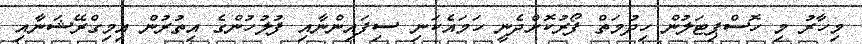
މިހާރު މި ހޮސްޕިޓަލުން ހިދުމަތް ފޯރުކޮށްދެނީ ހަމައެކަނި ސިފައިންނާއި ފުލުހުންގެ އިތުރުން އިމިގްރޭޝަނާއި